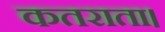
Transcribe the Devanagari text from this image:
कतराता।